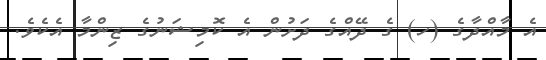
އެ މާއްދާގެ (ހ) ގެ ދޭއްގެ ދަށުން އެ ކޮމިޝަނުގެ ޒިންމާ އެކެވެ.